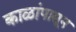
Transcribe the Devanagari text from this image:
काळांपासून